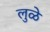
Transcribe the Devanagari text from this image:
लुळे